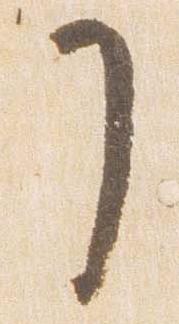
了